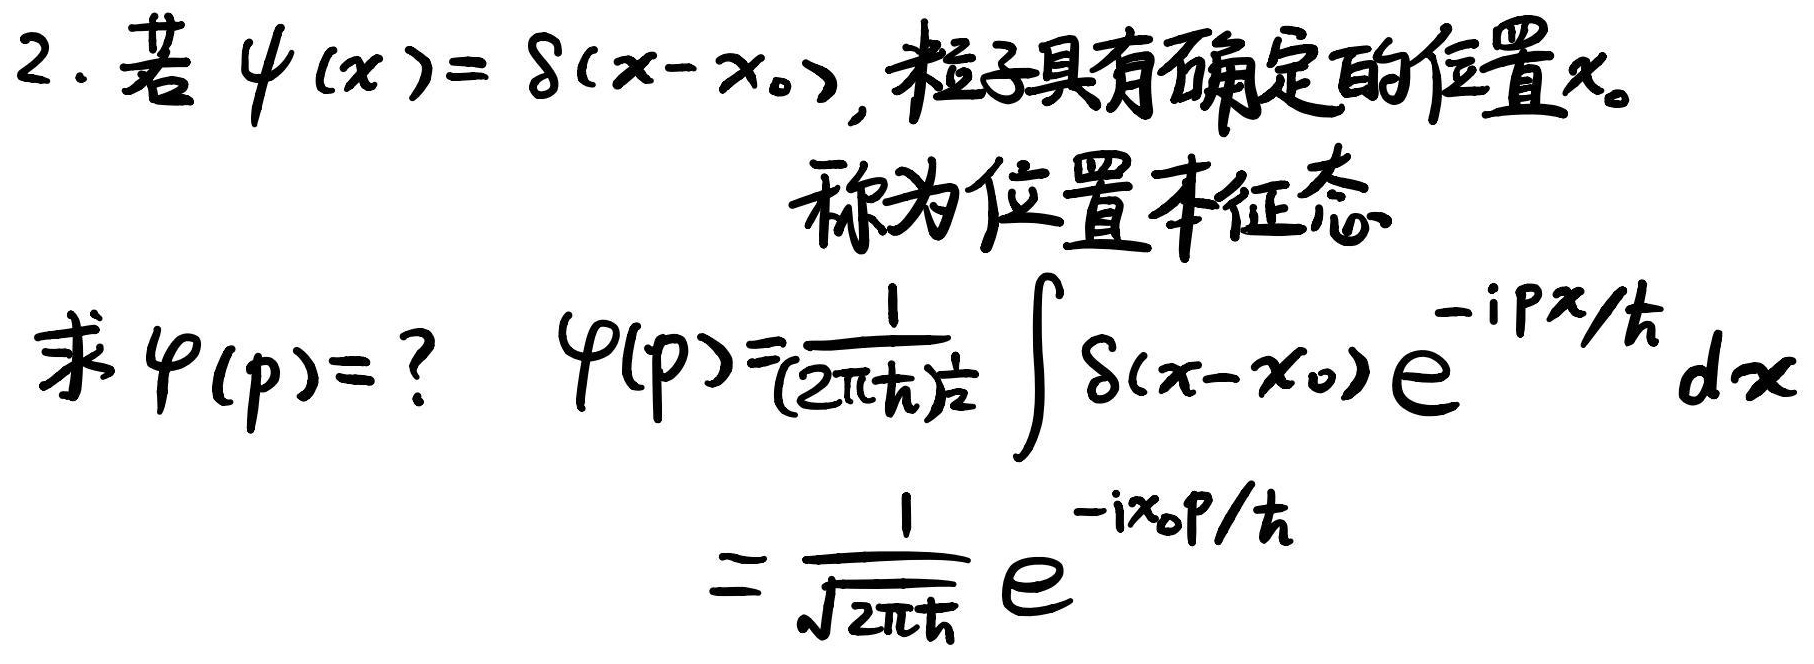
2. 若 $\psi(x)=\delta(x - x_0)$, 粒子具有确定的位置$x_0$。
称为位置本征态
求 $\varphi(p) =$? $\varphi(p)=\frac{1}{(2\pi\hbar)^{\frac{1}{2}}}\int\delta(x - x_0)e^{-ipx/\hbar}dx$
$=\frac{1}{\sqrt{2\pi\hbar}}e^{-ix_0p/\hbar}$